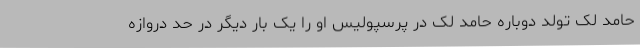
حامد لک تولد دوباره حامد لک در پرسپولیس او را یک بار دیگر در حد دروازه